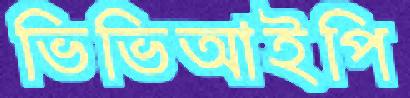
ভিভিআইপি